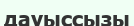
дауыссызы